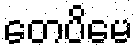
တေပိမေ